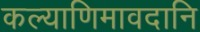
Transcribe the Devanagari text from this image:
कल्याणिमावदानि